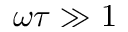
\omega \tau \gg 1